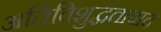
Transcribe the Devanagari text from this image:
अतिविशुद्धतावाद